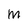
Character: m